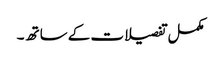
مکمل تفصیلات کے ساتھ ۔